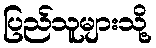
ပြည်သူများသို့